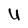
Character: U